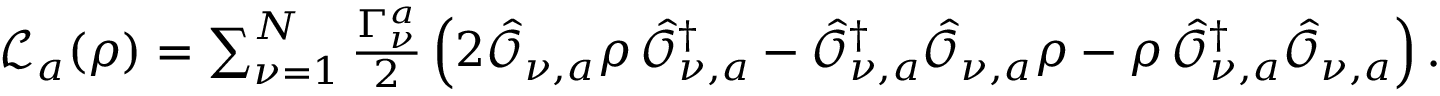
\begin{array} { r } { \mathcal { L } _ { a } ( \rho ) = \sum _ { \nu = 1 } ^ { N } \frac { \Gamma _ { \nu } ^ { a } } { 2 } \left( 2 \hat { \mathcal { O } } _ { \nu , a } \rho \, \hat { \mathcal { O } } _ { \nu , a } ^ { \dagger } - \hat { \mathcal { O } } _ { \nu , a } ^ { \dagger } \hat { \mathcal { O } } _ { \nu , a } \rho - \rho \, \hat { \mathcal { O } } _ { \nu , a } ^ { \dagger } \hat { \mathcal { O } } _ { \nu , a } \right) . } \end{array}